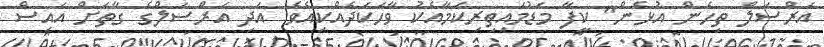
އަރްސަލް ތިހެން އުޅެން" ކީފާ މަޑުމައިތިރިކަމާއެކު ވާހަކަދެއްކިއެވެ. އަދި އަރްސަލްގެ ގާތަށް އައިސް